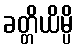
ခတ္တိယိမ္ပိ